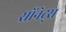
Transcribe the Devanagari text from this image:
सोंनेट्स